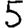
Digit: 5